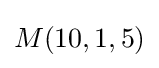
M(10,1,5)